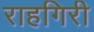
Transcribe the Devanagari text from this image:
राहगिरी